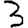
Digit: 3